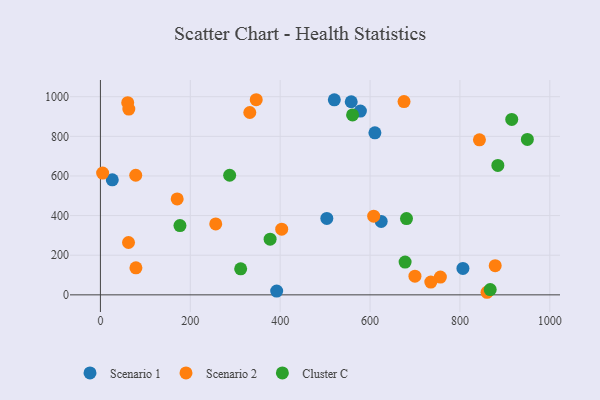
{"axis": {"x": "Experience", "y": "Sales"}, "legend": ["Cluster C", "Scenario 1", "Scenario 2"], "data": [{"x": "610.8", "y": 817.6, "type": "Scenario 1"}, {"x": "558.1", "y": 974.5, "type": "Scenario 1"}, {"x": "578.5", "y": 927.6, "type": "Scenario 1"}, {"x": "806.7", "y": 133.5, "type": "Scenario 1"}, {"x": "624.8", "y": 370.8, "type": "Scenario 1"}, {"x": "392.2", "y": 19.3, "type": "Scenario 1"}, {"x": "26.4", "y": 580.6, "type": "Scenario 1"}, {"x": "503.8", "y": 385.5, "type": "Scenario 1"}, {"x": "520.5", "y": 984.1, "type": "Scenario 1"}, {"x": "346.7", "y": 984.8, "type": "Scenario 2"}, {"x": "843.4", "y": 782.2, "type": "Scenario 2"}, {"x": "62.5", "y": 264.1, "type": "Scenario 2"}, {"x": "756.5", "y": 89.9, "type": "Scenario 2"}, {"x": "403.4", "y": 331.7, "type": "Scenario 2"}, {"x": "4.9", "y": 614.6, "type": "Scenario 2"}, {"x": "332.4", "y": 920.4, "type": "Scenario 2"}, {"x": "79.0", "y": 136.6, "type": "Scenario 2"}, {"x": "78.6", "y": 603.5, "type": "Scenario 2"}, {"x": "675.6", "y": 975.3, "type": "Scenario 2"}, {"x": "735.2", "y": 64.4, "type": "Scenario 2"}, {"x": "63.2", "y": 937.5, "type": "Scenario 2"}, {"x": "170.8", "y": 484.3, "type": "Scenario 2"}, {"x": "60.7", "y": 969.7, "type": "Scenario 2"}, {"x": "256.6", "y": 357.9, "type": "Scenario 2"}, {"x": "878.5", "y": 147.4, "type": "Scenario 2"}, {"x": "860.3", "y": 13.0, "type": "Scenario 2"}, {"x": "608.1", "y": 397.3, "type": "Scenario 2"}, {"x": "699.9", "y": 94.1, "type": "Scenario 2"}, {"x": "884.4", "y": 653.4, "type": "Cluster C"}, {"x": "915.3", "y": 885.4, "type": "Cluster C"}, {"x": "312.1", "y": 131.2, "type": "Cluster C"}, {"x": "377.6", "y": 281.1, "type": "Cluster C"}, {"x": "681.1", "y": 385.1, "type": "Cluster C"}, {"x": "678.0", "y": 165.6, "type": "Cluster C"}, {"x": "287.6", "y": 603.7, "type": "Cluster C"}, {"x": "177.0", "y": 349.6, "type": "Cluster C"}, {"x": "950.1", "y": 784.5, "type": "Cluster C"}, {"x": "867.4", "y": 26.6, "type": "Cluster C"}, {"x": "561.1", "y": 908.2, "type": "Cluster C"}]}